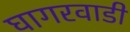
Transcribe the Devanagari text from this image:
घागरवाडी